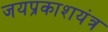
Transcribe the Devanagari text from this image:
जयप्रकाशयंत्र